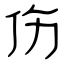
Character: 伤